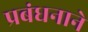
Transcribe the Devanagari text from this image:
प्रबंधनाने